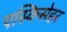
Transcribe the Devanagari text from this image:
एस्किसेहर